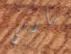
سأرمي